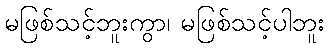
မဖြစ်သင့်ဘူးကွာ၊ မဖြစ်သင့်ပါဘူး